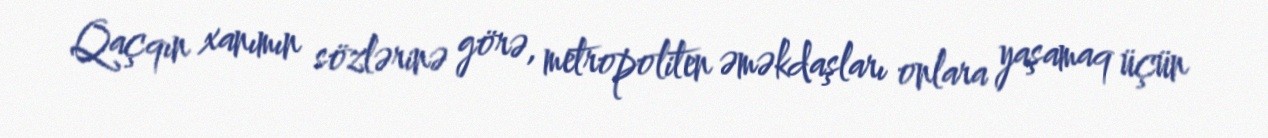
Qaçqın xanımın sözlərinə görə, metropoliten əməkdaşları onlara yaşamaq üçün